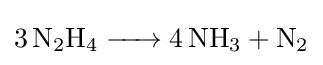
{\ce {3 N2H4 -> 4 NH3 + N2}}